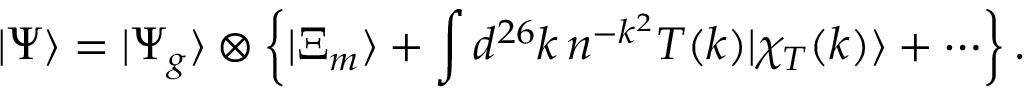
| \Psi \rangle = | \Psi _ { g } \rangle \otimes \left\{ | \Xi _ { m } \rangle + \int d ^ { 2 6 } k \, n ^ { - k ^ { 2 } } T ( k ) | \chi _ { T } ( k ) \rangle + \cdots \right\} .